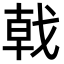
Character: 戟